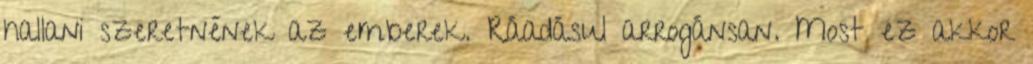
hallani szeretnének az emberek. Ráadásul arrogánsan. Most ez akkor